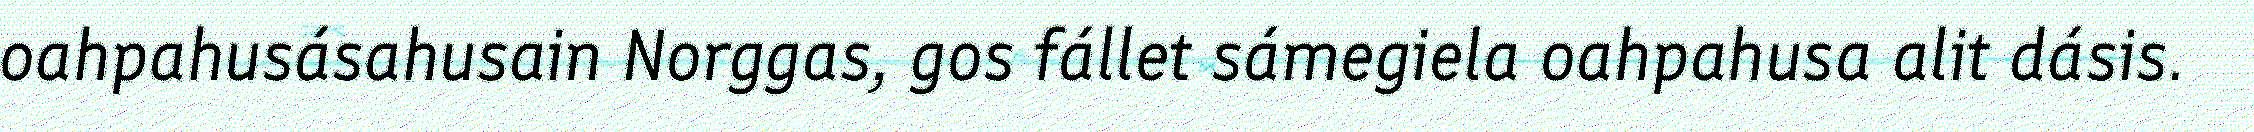
oahpahusásahusain Norggas, gos fállet sámegiela oahpahusa alit dásis.